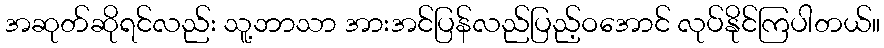
အဆုတ်ဆိုရင်လည်း သူ့ဘာသာ အားအင်ပြန်လည်ပြည့်ဝအောင် လုပ်နိုင်ကြပါတယ်။